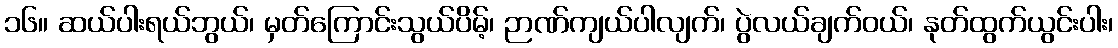
၁၆။ ဆယ်ပါးရယ်ဘွယ်၊ မှတ်ကြောင်းသွယ်ပိမ့်၊ ဉာဏ်ကျယ်ပါလျက်၊ ပွဲလယ်ချက်ဝယ်၊ နုတ်ထွက်ယွင်းပါး၊